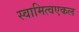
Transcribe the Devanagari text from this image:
स्वामित्वएकल